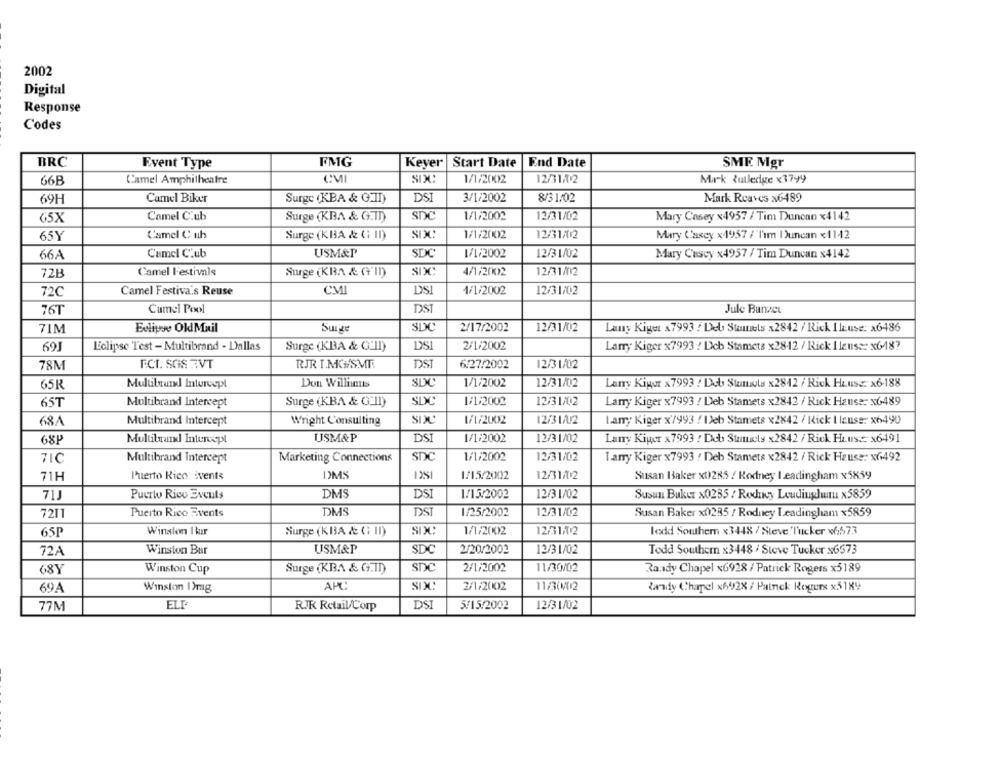
2002
Digital
Response
Codes
BRC
Event Type
FMG
Keyer Start Date |End Date
SME Mgr
66B
Camel Amphitheatre
CM
1/1/2002
12/31/2
Mick Rutledge x1799
Camel Biker
Surge (KBA & G.II)
DSI
3/1/2002
8/31/02
Mark Reaves x6489
69H
65X
Camel C.ub
Surge (KBA & G.TD)
SDC
1/1/2002
12/31/02
Mary Casey x4957 / Tim Duncan x4142
65Y
Camel C uh
Surge (KBA & G; I)
SDXC
1/1/2002
12/31/2
Mary Casey x4957 /"I'm I)uncan x1142
66A
Camel Club
USM&P
SDC
1/1/2002
12/31/02
Mary Cuscy x4957 / Tim Duncan x4142
72B
Camel Festivals
Surge (KBA & G'In)
SDC
4/1/2002
12/31/02
DSI
72C
Camel Festiva's Reuse
CMI
1/1/2002
12/31/02
76T
Camel Pool
DST
Jule Banzer
71M
Eclipse OldMail
SDC
2/17/2002
12/31/02
Surge
Lauy Kiget x7993 : Del Stumels x2842 / Rick Iluse: x6486
69J
Eclipse Test - Multibrand - Dallas
Surge (KBA & G'II)
DSI
2/1/2002
Larry Kiger x7993 ! Deb Stamcts x28-12 / Rick I leuser x6187
78M
ECT. SGS EVT
RJR I.MG/SMT.
DSI
6/27/2002
12/31/02
65R
Multibrand Intercept
Don Willim
SDC
1/1/2002
12/31/02
Lany Kigur x7993 / Deb Stumols x2812 / Rick Heuser x6-188
65T
Multibrand Intercept
Surge (KBA & G'II)
SDC
1/1/2002
12/31/02
Larry Kiger x7993 / Deb Stamets x2842 / Rick Hause: x6489
SPC
68A
Multibrand Intercept
Wright Consulting
1/1/2002
12/3 1/2
Lamy Kiger x/993 / Deb Stamets x2842 / Kick I lauss: x6490
68P
Multituund Intercept
USM&P
DSI
1/1/2002
12/31/02
Lany Kiper x7993 : Deb Stunts x2842 / Rick House x6491
SDC
1/1/2002
12/31/02
71C
Multibrand Intercept
Marketing Connections
Larry Kiger x7993 / Deb Stamets x2842 / Rick Hause: x6492
71H
Puerto Rico ivents
DMS
1251
1/15/2002
12/31/2
Susan Haker x0)285 / Rodney I.eadingham x5859
Puerto Rico Events
DMS
DS
1/15/2002
12/31/02
71)
Susun Bukur x0235 / Roxchwy Loudiuglu x5859
DMS
DST
7211
Puerto Rice Events
1/25/2002
12/31/02
Susan Baker x0235 / Rodney Leadingham x5859
65P
Winston I kur
Surge (KBA & G; II)
SDC
1/1/2002
12/31/12
lodd Southern x3448 / Steve Tucker x6573
SDC
72A
Winston Bur
USM&P
2/20/2002
12/31/02
Todd Southcm x3448 / Steve Tucker x6573
68Y
Winston Cup
Surge (KBA & G.In)
SDC
2/1/2002
11/30/02
Randy Chapel x6928 / Patrick Rogers x5189
APC:
SIX
2/1/2002
11/30/02
69A
Winston I)mg
Randy Chapel x628 / Patnek Rogers x51X9
77M
RJK Retail/Corp
DSI
5/15/2002
12/31/02